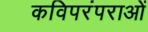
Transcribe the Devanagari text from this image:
कविपरंपराओं